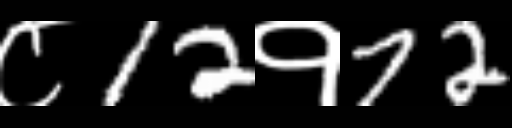
Text: ८12१72